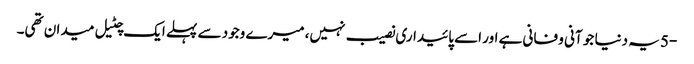
-5 یہ دنیا جو آنی و فانی ہے اور اسے پائیداری نصیب نہیں، میرے وجود سے پہلے ایک چٹیل میدان تھی۔